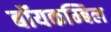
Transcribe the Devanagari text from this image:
बॉयकम्बिल